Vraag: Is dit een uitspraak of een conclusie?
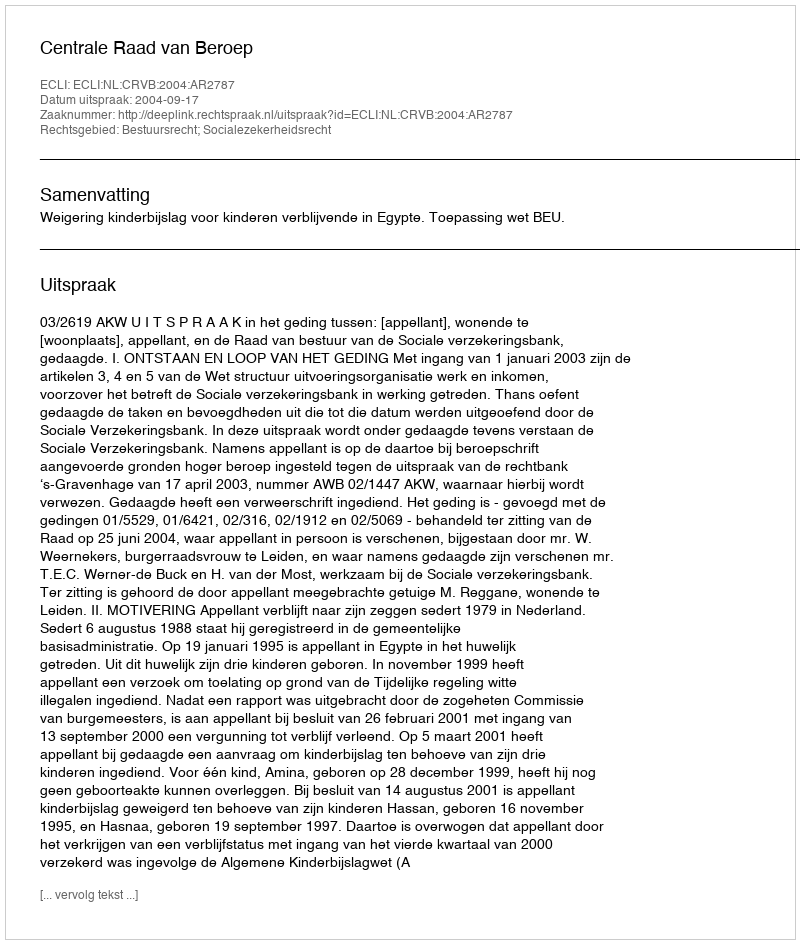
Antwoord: Uitspraak